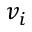
v _ { i }